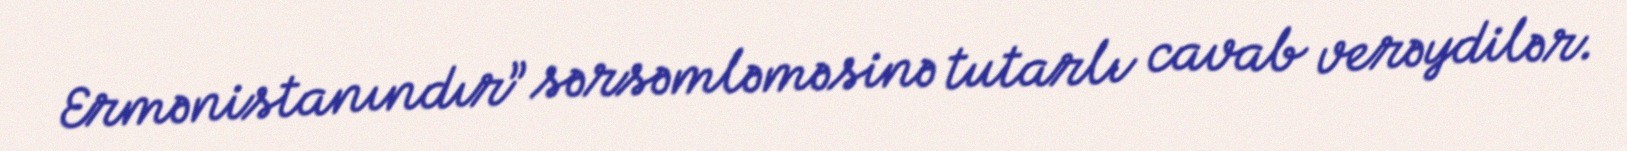
Ermənistanındır” sərsəmləməsinə tutarlı cavab verəydilər.